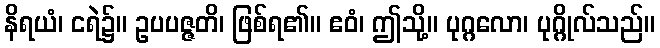
နိရယံ၊ ငရဲ၌။ ဥပပဇ္ဇတိ၊ ဖြစ်ရ၏။ ဧဝံ၊ ဤသို့။ ပုဂ္ဂလော၊ ပုဂ္ဂိုလ်သည်။